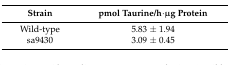
<table><thead><tr><td><b>Strain </b></td><td><b>pmol Taurine/h·μg Protein</b></td></tr></thead><tbody><tr><td>Wild-type</td><td>5.83 ± 1.94</td></tr><tr><td>sa9430</td><td>3.09 ± 0.45</td></tr></tbody></table>